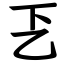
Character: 乤